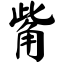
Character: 觜